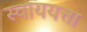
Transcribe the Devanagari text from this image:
स्वाययत्ता